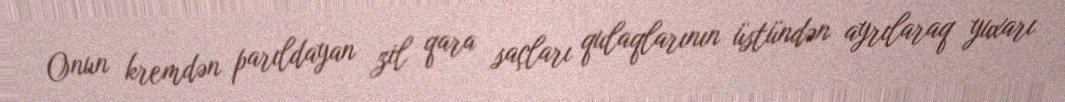
Onun kremdən parıldayan zil qara saçları qulaqlarının üstündən ayrılaraq yuxarı